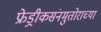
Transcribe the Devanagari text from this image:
फ्रेड्रीकसंनमुतोराच्या